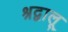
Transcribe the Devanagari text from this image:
श्रद्वालू